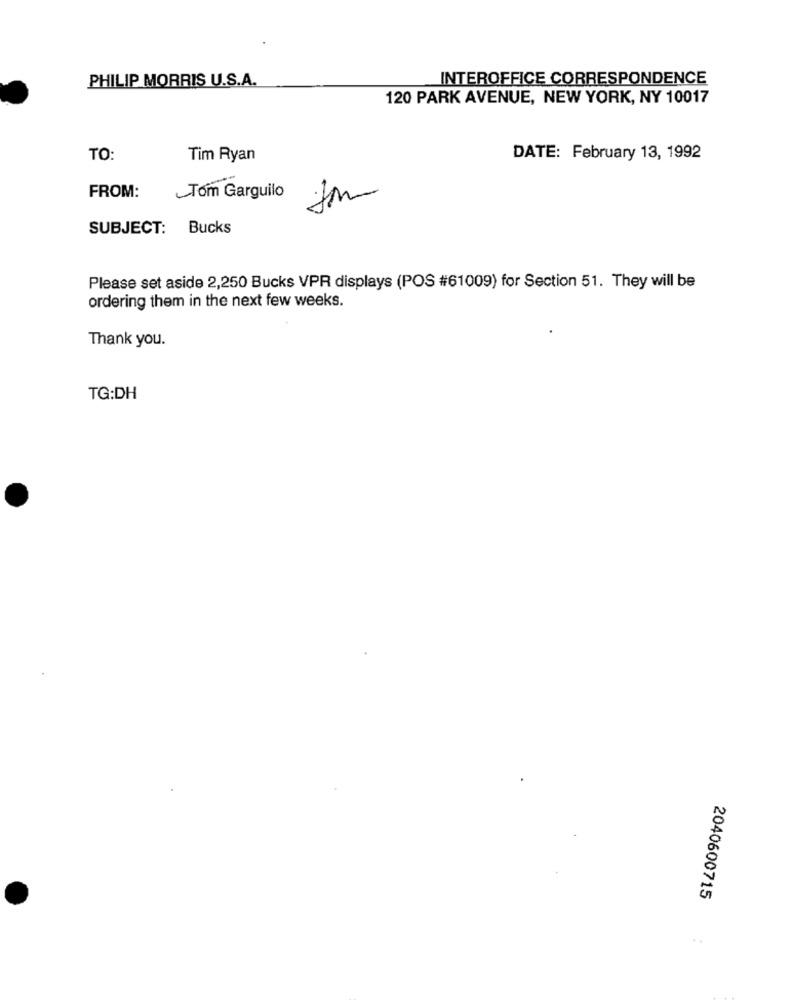
PHILIP MORRIS U.S.A.
INTEROFFICE CORRESPONDENCE
120 PARK AVENUE, NEW YORK, NY 10017
TO:
Tim Ryan
DATE: February 13, 1992
FROM:
Tom Garguilo
SUBJECT: Bucks
Please set aside 2,250 Bucks VPR displays (POS #61009) for Section 51. They will be
ordering them in the next few weeks.
Thank you.
TG:DH
2040600715